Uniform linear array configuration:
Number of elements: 16
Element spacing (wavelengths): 0.25
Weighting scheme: kaiser
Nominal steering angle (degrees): -15
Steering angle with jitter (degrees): -13.697
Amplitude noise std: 0.05
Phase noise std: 0.05

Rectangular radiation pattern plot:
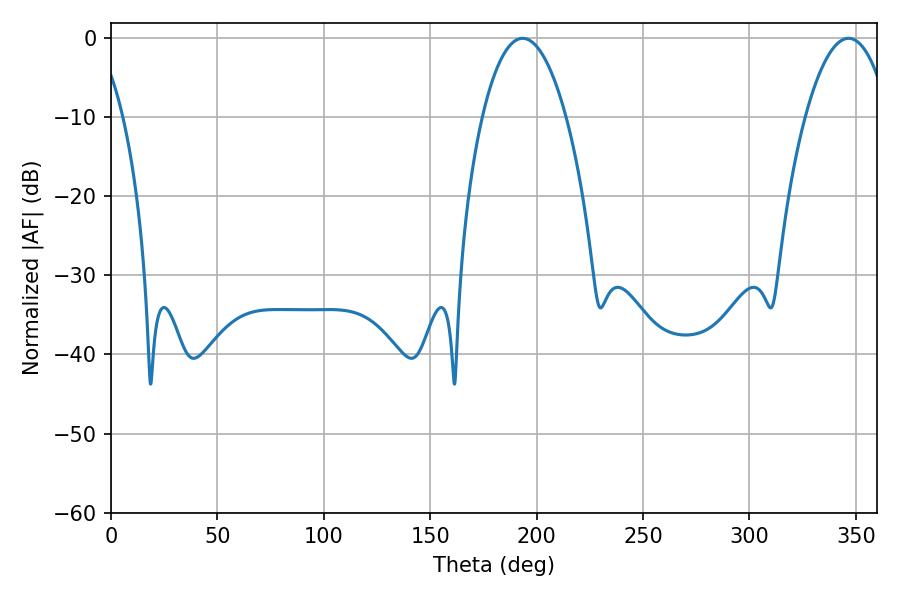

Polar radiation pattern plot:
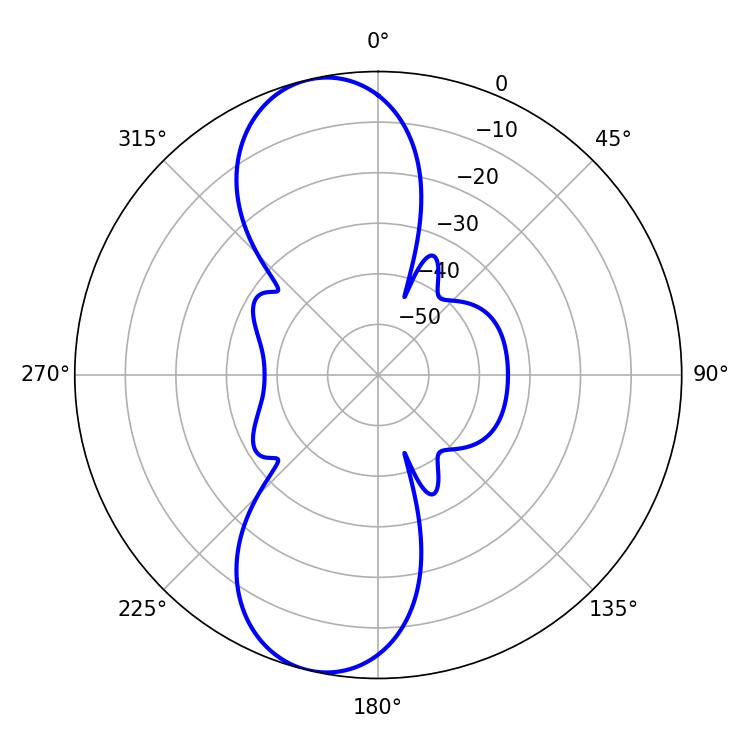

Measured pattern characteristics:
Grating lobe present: FALSE
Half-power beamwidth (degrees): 21.96
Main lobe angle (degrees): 193.5